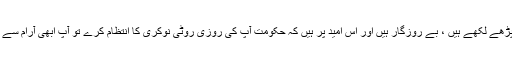
اگر آپ پڑھے لکھے ہیں ، بے روزگار ہیں اور اس امید پر ہیں کہ حکومت آپ کی روزی روٹی نوکری کا انتظام کرے تو آپ ابھی آرام سے رہیئے ۔